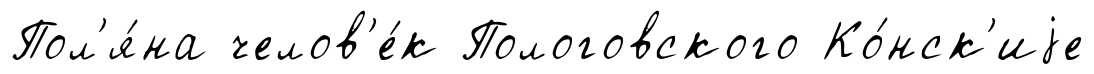
Пол'я́на челов'е́к Пологовского Ко́нск'иjе